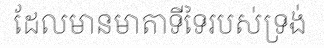
ដែលមានមាតាទីទៃរបស់ទ្រង់